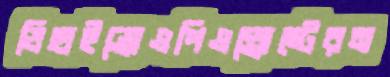
ডিহাইড্রোএপিএন্ড্রোস্টেরন